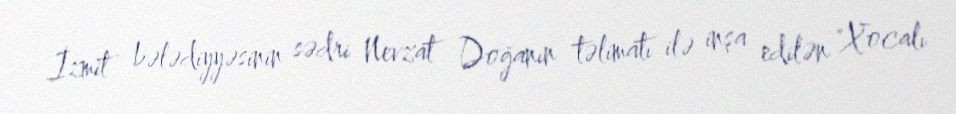
İzmit bələdiyyəsinin sədri Nevzat Doğanın təlimatı ilə inşa edilən "Xocalı